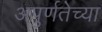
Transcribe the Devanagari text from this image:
अपुर्णतेच्या